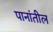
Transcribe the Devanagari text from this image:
पानांतील